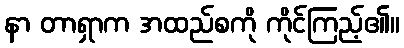
နာ တာရှာက အထည်စကို ကိုင်ကြည့်၏။